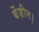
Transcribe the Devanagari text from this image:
बेंज़ीन।